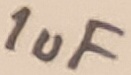
Text: 1uF